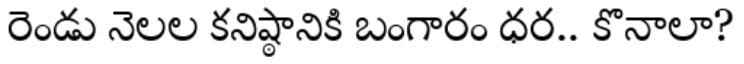
రెండు నెలల కనిష్ఠానికి బంగారం ధర.. కొనాలా?